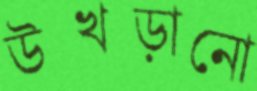
উখড়ানো